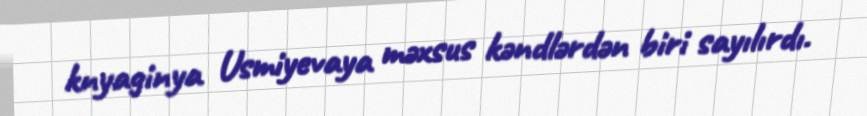
knyaginya Usmiyevaya məxsus kəndlərdən biri sayılırdı.